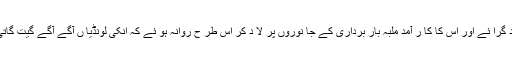
اپنے مکان خو د گرا ئے اور اس کا کا ر آمد ملبہ بار برداری کے جا نوروں پر لا د کر اس طر ح روانہ ہو ئے کہ انکی لونڈیا ں آگے آگے گیت گاتی جا رہی تھیں ۔